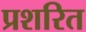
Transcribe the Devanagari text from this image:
प्रशरित